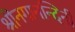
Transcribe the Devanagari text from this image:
श्रीनगानन्दिनी